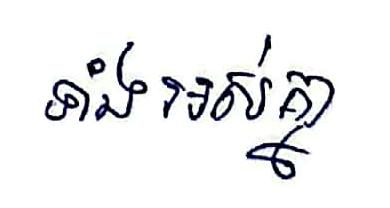
ទាំងអស់គ្នា